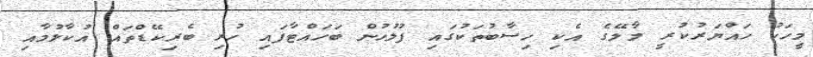
މީހަކު ހައްޔަރުކުރީ މާލޭގެ އެކި ހިސާބުތަކުގައި ފުލުހުން ބަހައްޓާފައި ހުރި ބެރިކޭޑްތައް އުކާލުމާއި